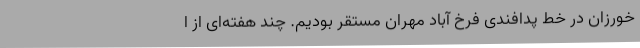
خورزان در خط پدافندی فرخ آباد مهران مستقر بودیم. چند هفته‌ای از ا